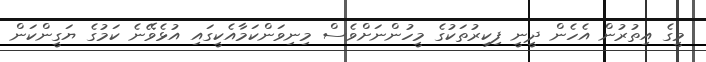
މީގެ އިތުރުން އެހެން ދީނީ ފިކިރުތަކުގެ މީހުންނަށްވެސް މިނިވަންކަމާއެކީގައި އުޅެވޭނެ ކަމުގެ ޔަގީންކަން